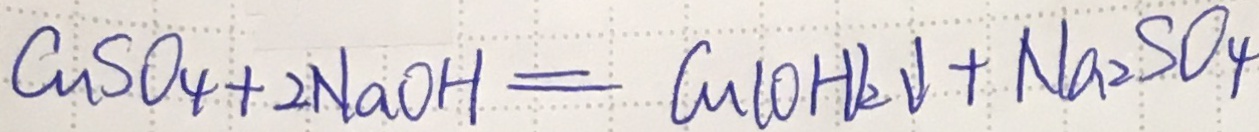
C u S O _ { 4 } + 2 N a O H = C u ( O H ) _ { 2 } \downarrow + N a _ { 2 } S O _ { 4 }